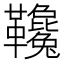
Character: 䪌